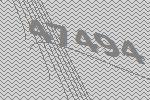
47494